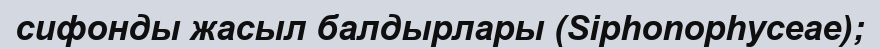
сифонды жасыл балдырлары (Sіphonophyceae);